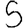
Digit: 5